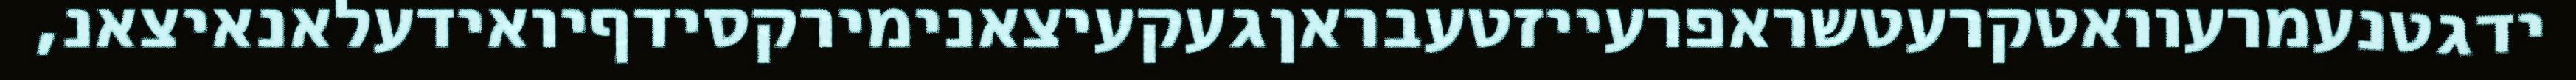
ידגטנעמרעוואטקרעטשראפרעייזטעבראןגעקעיצאנימירקסידףיואידעלאנאיצאנ,